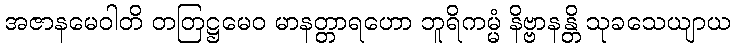
အဇာနမေဝါတိ တတြဋ္ဌမေဝ မာနတ္တာရဟော ဘူရိကမ္မံ နိဗ္ဗာနန္တိ သုခသေယျာယ